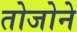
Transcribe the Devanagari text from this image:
तोजोने